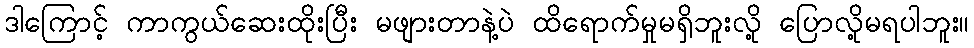
ဒါကြောင့် ကာကွယ်ဆေးထိုးပြီး မဖျားတာနဲ့ပဲ ထိရောက်မှုမရှိဘူးလို့ ပြောလို့မရပါဘူး။